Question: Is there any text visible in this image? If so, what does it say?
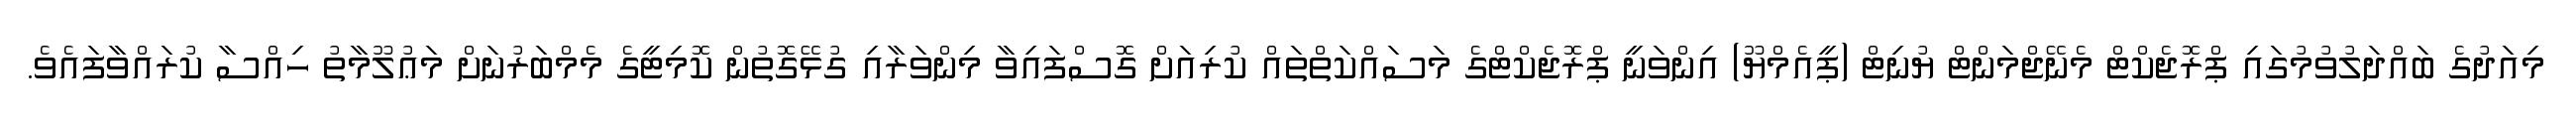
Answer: މިއަދުގެ ބައްދަލުވުމުގައި ޕްރޮޖެކްޓް މެނޭޖްމަންޓް ޔުނިޓް (ޕީއެމްޔޫ) އިންވަނީ ޕްރޮޖެކްޓްގެ މަސައްކަތްތައް ކުރިއަށް ގޮސްފައިވާ މިންވަރާއި ގުޅޭގޮތުން ކޮމިޓީގެ މެމްބަރުނަށް މަޢުލޫމާތު ހިއްސާ ކުރައްވާފައެވެ.